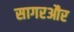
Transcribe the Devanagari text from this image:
सागरऔर